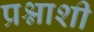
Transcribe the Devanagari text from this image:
प्रश्नाशी